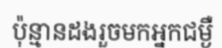
ប៉ុន្មានដងរួចមកអ្នកជម្ងឺ